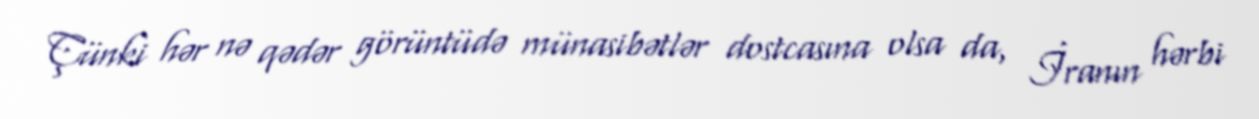
Çünki hər nə qədər görüntüdə münasibətlər dostcasına olsa da, İranın hərbi